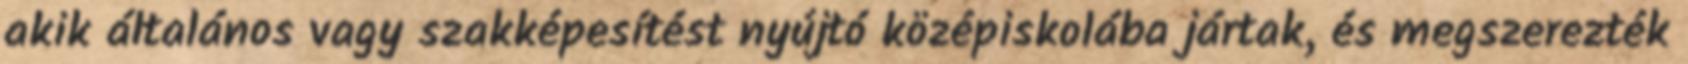
akik általános vagy szakképesítést nyújtó középiskolába jártak, és megszerezték